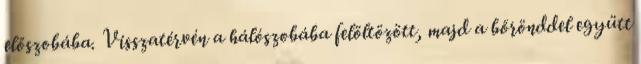
előszobába. Visszatérvén a hálószobába felöltözött, majd a bőrönddel együtt